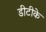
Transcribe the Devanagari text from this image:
डीटीके